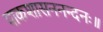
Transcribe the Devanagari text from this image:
पाकशासननन्दनः॥